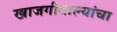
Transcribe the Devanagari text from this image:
खाजगीवाल्यांचा